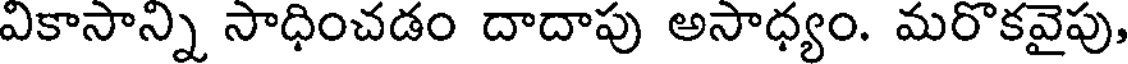
వికాసాన్ని సాధించడం దాదాపు అసాధ్యం. మరొకవైపు,